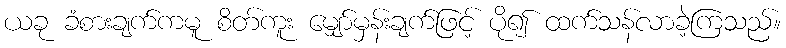
ယခု ခံစားချက်ကမူ စိတ်ကူး မျှော်မှန်းချက်ဖြင့် ပို၍ ထက်သန်လာခဲ့ကြသည်။